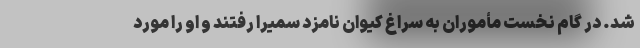
شد. در گام نخست مأموران به سراغ کیوان نامزد سمیرا رفتند و او را مورد